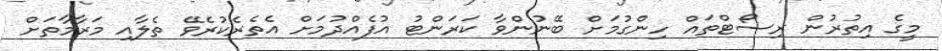
މީގެ އިތުރުން ރިސޯޓްތައް ހިންގުމަށް ބޭނުންވާ ކަރަންޓު އުފެއްދުމަށް އެތެރެކުރެވޭ ތެލާއި މަރާމާތަށް